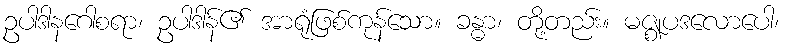
ဥပါဒါနဂေါစရာ၊ ဥပါဒါန်၏ အာရုံဖြစ်ကုန်သော။ ခန္ဓာ၊ တို့တည်း။ မဇ္ဈပဒလောပေါ၊